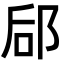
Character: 郈